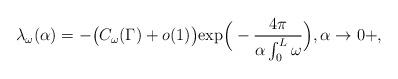
LaTeX: \begin{align*}\lambda_{\omega }(\alpha) = -\big(C_\omega(\Gamma) +o(1)\big)\mathrm{exp }\Big( -\frac{4\pi}{\alpha \int_{0}^L \omega} \Big) ,\alpha\rightarrow 0+,\end{align*}